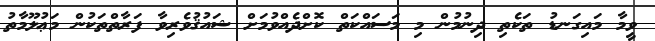
ވީމާ މައިގަނޑު ތަކެތި ދިނުމުން މި މަސައްކަތް ކޮށްދެއްވުމަށް ޝައުޤުވެރިވާ ފަރާތްތަކުން މަޢުލޫމާތު